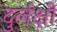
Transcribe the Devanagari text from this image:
दुर्लक्षी